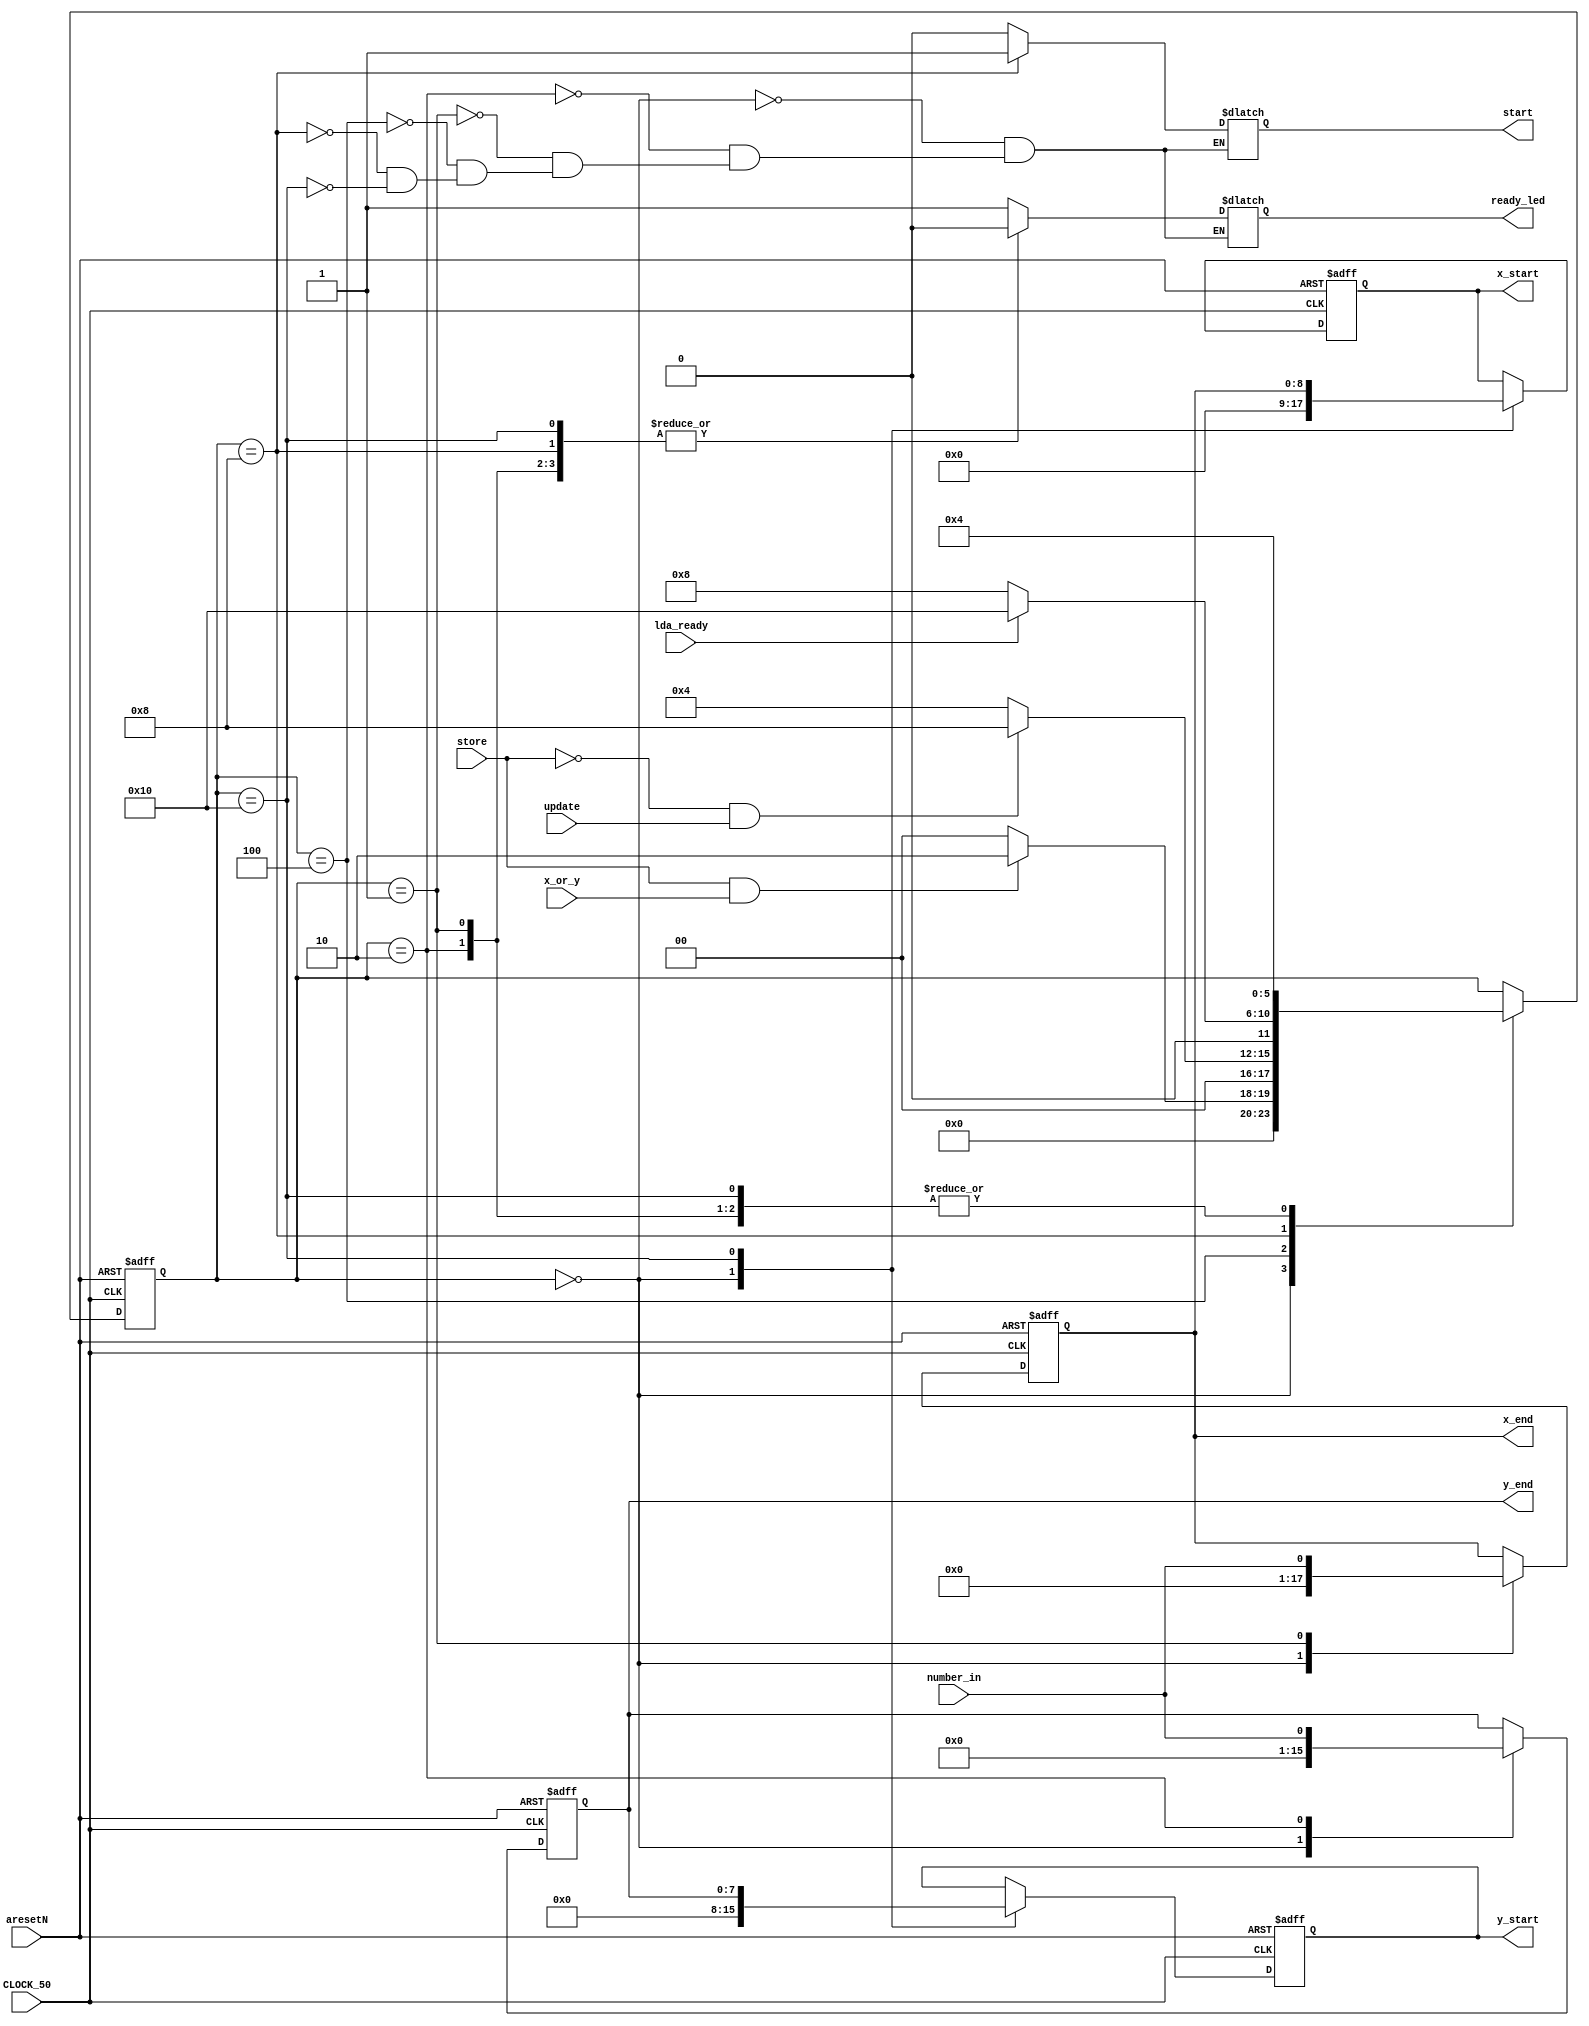
module ui(CLOCK_50,
			 aresetN,
			 store,
			 update,
			 lda_ready,
			 x_or_y,
			 number_in,
			 x_start,
			 y_start,
			 x_end,
			 y_end,
			 start,
			 ready_led
			 );
			 
	input CLOCK_50;
	input aresetN;
	input store;
	input update;
	input lda_ready;
	input x_or_y;
	input number_in;
	output [8:0] x_start, x_end;
	output [7:0] y_start, y_end;
	output start, ready_led;

	reg [5:0] ui_state;
	reg start_r;
	reg led_r;
	
	reg [8:0] xs_r, xe_r;
	reg [7:0] ys_r, ye_r;
	
	parameter 
				 STRT    = 6'b000000,
				 STORE_X = 6'b000001,
				 STORE_Y = 6'b000010,
				 IDLE    = 6'b000100,
				 UPDATE_V= 6'b001000,
				 MOV_STRT= 6'b010000;
				
	always @ (posedge CLOCK_50 or negedge aresetN) begin	
	
		if (!aresetN) begin
			ui_state <= STRT;
			xs_r <= 9'b000000000;
			xe_r <= 9'b000000000;
			ys_r <= 8'b00000000;
			ye_r <= 8'b00000000;
			end
		else begin
			case (ui_state)
			
				STRT: begin
					xs_r <= 9'b000000000;
					xe_r <= 9'b000000000;
					ys_r <= 8'b00000000;
					ye_r <= 8'b00000000;
					
					if (store && ~x_or_y) begin
						ui_state <= STORE_X; end
					if (store && x_or_y) begin
						ui_state <= STORE_Y; end
					else begin
						ui_state <= STRT;end 
						end
				
				STORE_X: begin
					xe_r <= number_in;
					ui_state <= IDLE;
					end
				
				STORE_Y: begin
					ye_r <= number_in;
					ui_state <= IDLE; end
					
				IDLE:begin
					if (store && ~x_or_y) begin
						ui_state <= STORE_X; end
					if (store && x_or_y) begin
						ui_state <= STORE_Y; end
						
					if (~store && update) begin
						ui_state <= UPDATE_V; end
					else begin
						ui_state <= IDLE;end  end
						
				UPDATE_V:begin 
					if (lda_ready) begin
						ui_state <= MOV_STRT; end
					else begin
						ui_state <= UPDATE_V; end
						end
				
				MOV_STRT: begin
					xs_r <= xe_r;
					ys_r <= ye_r;
					ui_state <= IDLE;
							end
				endcase
				
			end
						
			
	
	end
	
	
	always @ (*) begin
	
		case(ui_state)
		
			STRT:begin
				led_r = 1;
				start_r = 0; end
			STORE_Y:begin
				led_r = 0;
				start_r = 0;end
			STORE_X:begin
				led_r = 0;
				start_r = 0;end
			IDLE:begin
				led_r = 1;
				start_r = 0;end
			UPDATE_V: begin
				start_r = 1;
				led_r = 0;end
			MOV_STRT: begin
				start_r = 0;
				led_r = 0;end
				
		
		endcase
	
	end
	
	assign x_start = xs_r;
	assign x_end = xe_r;
	assign y_start = ys_r;
	assign y_end = ye_r;
	assign ready_led = led_r;
	assign start = start_r;
	
endmodule